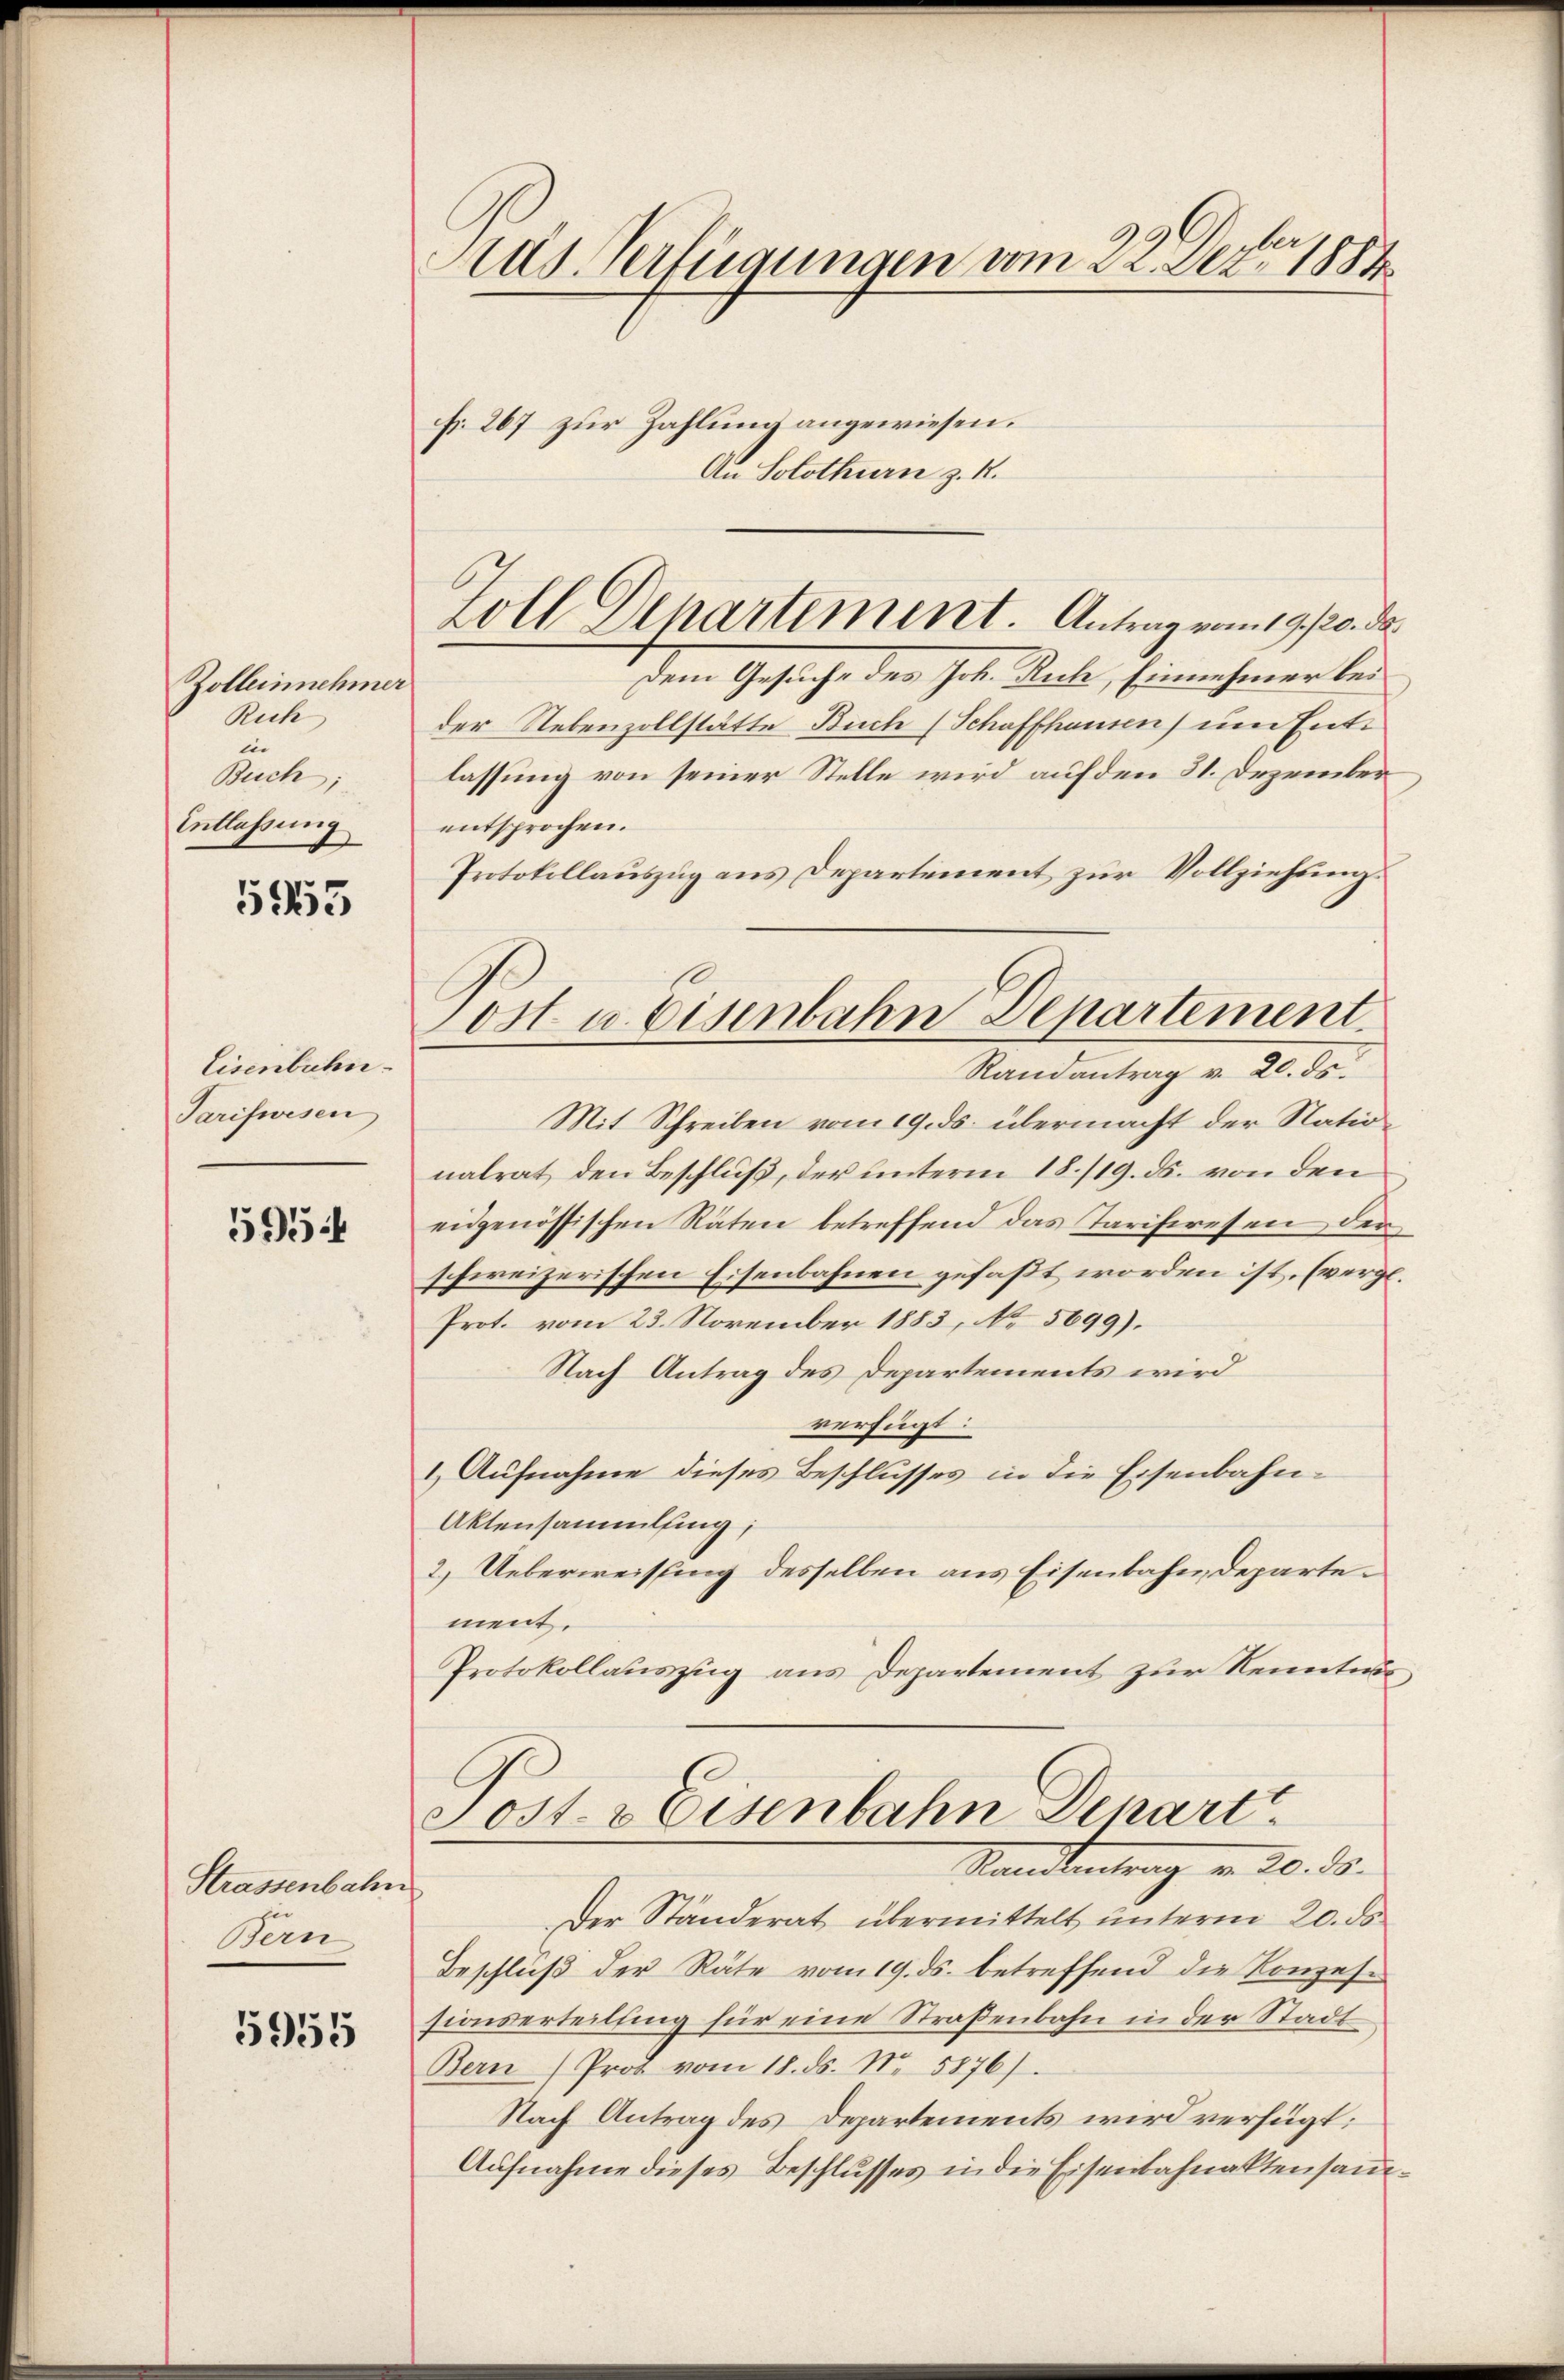
Zolleinnehmer
Rich
in
Buch;
Entlassung

5965

Eisenbahn
Tarifwesen

595

Strassenbahn
Bern

5955

Aus Verfügungen vom 22. Dez. 1884

fr. 267 zur Zahlung angewiesen.
An Solothurn z. B.
Dem Gesuche des Joh. Ruh, Einnehmer bei
der Nebenzollstätte Buch (Schaffhausen um Entlassung von seiner Stelle wird auf den 31. Dezember
entsprochen.
Protokollauszug aus Departement zur Vollziehung.
Mit Schreiben vom 19. ds. übermacht der Nationalrat den Beschluß, der unterm 18./19. ds. von den
eidgenössischen Räten betreffend das Tariferesen der
schweizerischen Eisenbahnen gefaßt worden ist. (vergl.
Prot. vom 23. November 1883, No 5699).
Nach Antrag des Departements wird
verfügt:
1) Aufnahme dieses Beschlusses in die Eisenbahn¬
Aktensammling,
2.) Ueberweisung desselben aus Eisenbahndepartement.
Protokollauszug aus Departement zur Kenntni

Loll Departement. Antrag vom 19. 20. de

ost u. Eisenbahn Departement
Randantrag v. 20. ds.

Sost- & Eisenbahn Denart
Standentrag v. 20. ds.

Der Ständerat übermittelt unterm 20. ds
Beschluß der Räte vom 19. ds. betreffend die Konzessionserteilung für eine Straßenbahn in der Stadt
Bern Pros vom 18. ds. No. 5876).
Nach Antrag des Departements wird verfügt:
Aufnahme dieses Beschlusses in die Eisenbahnaktensam¬